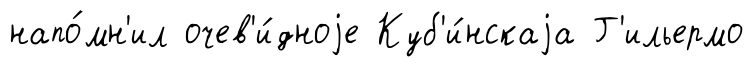
напо́мн'ил очев'и́дноjе Куб'и́нскаjа Г'ильермо